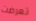
تعرضت